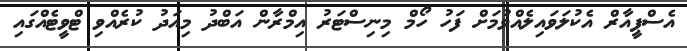
އެސްޕީއާރް އެކުލަވައިލެެއްވުމަށް ފަހު ހޯމް މިނިސްޓަަރު އިމްރާން އަބްދު މިއަދު ކުރެއްވި ޓްވީޓެއްގައި